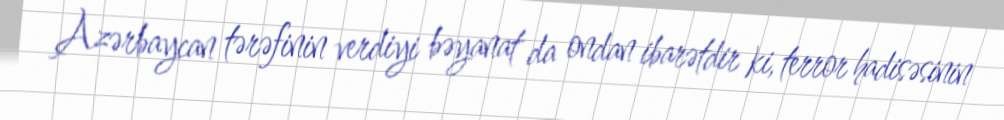
Azərbaycan tərəfinin verdiyi bəyanat da ondan ibarətdir ki, terror hadisəsinin